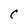
Character: C